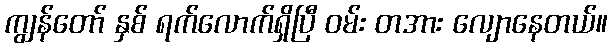
ကျွန်တော် နှစ် ရက်လောက်ရှိပြီ ဝမ်း တအား လျောနေတယ်။